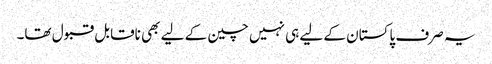
یہ صرف پاکستان کے لیے ہی نہیں چین کے لیے بھی ناقابل قبول تھا۔